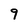
Character: 9